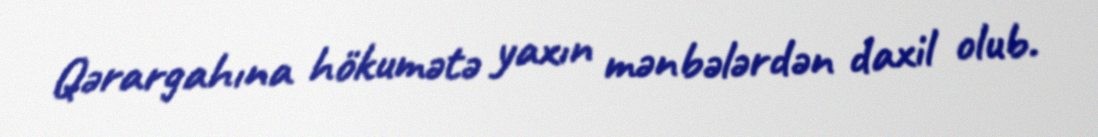
Qərargahına hökumətə yaxın mənbələrdən daxil olub.